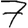
Digit: 7